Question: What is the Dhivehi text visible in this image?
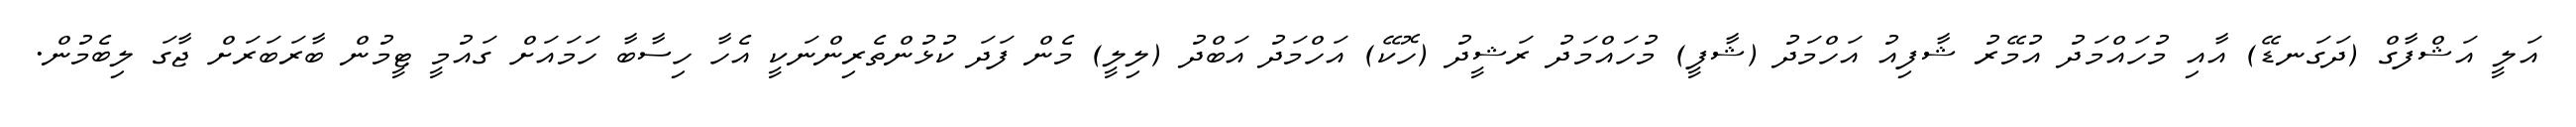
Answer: އަލީ އަޝްފާގް (ދަގަނޑޭ) އާއި މުހައްމަދު އުމޭރު ޝާފިއު އަހްމަދު (ޝާފީ) މުހައްމަދު ރަޝީދު (ހޮކޭ) އަހްމަދު އަބްދު (ލިލީ) މެން ފަދަ ކުޅުންތެރިންނަކީ އެހާ ހިސާބާ ހަމައަށް ގައުމީ ޓީމުން ބާރަބަރަށް ޖާގަ ލިބެމުން.